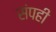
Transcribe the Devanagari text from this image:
संपही